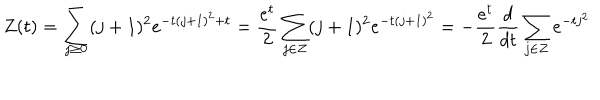
Z ( t ) = \sum _ { j \geq 0 } ( j + 1 ) ^ { 2 } e ^ { - t ( j + 1 ) ^ { 2 } + t } = \frac { e ^ { t } } { 2 } \sum _ { j \in Z } ( j + 1 ) ^ { 2 } e ^ { - t ( j + 1 ) ^ { 2 } } = - \frac { e ^ { t } } { 2 } \frac { d } { d t } \sum _ { j \in Z } e ^ { - t j ^ { 2 } }